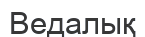
Ведалық